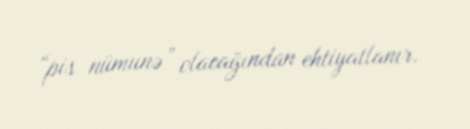
“pis nümunə” olacağından ehtiyatlanır.